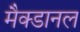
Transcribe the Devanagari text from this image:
मैक्डानल